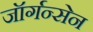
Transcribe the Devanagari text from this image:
जॉर्गन्सेन